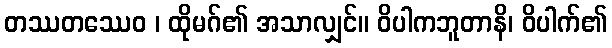
တဿတဿေဝ ၊ ထိုမဂ်၏ အသာလျှင်။ ဝိပါကဘူတာနိ၊ ဝိပါက်၏